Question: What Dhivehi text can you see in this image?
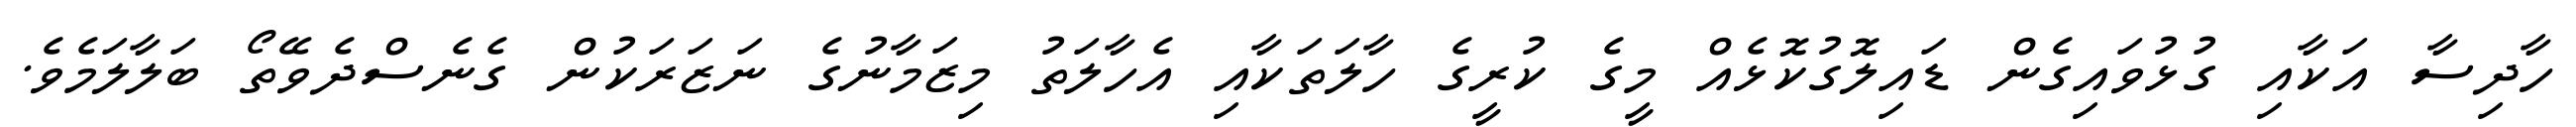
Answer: ހާދިސާ އަކާއި ގުޅުވައިގެން ޑައިލޮގުކޮޅެއް މީގެ ކުރީގެ ހާލަތަކާއި އެހާލަތު މިޒަމާނުގެ ނަޒަރަކުން ގެނެސްދެވޭތޯ ބަލާލަމެވެ.